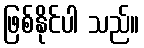
ဖြစ်နိုင်ပါ သည်။